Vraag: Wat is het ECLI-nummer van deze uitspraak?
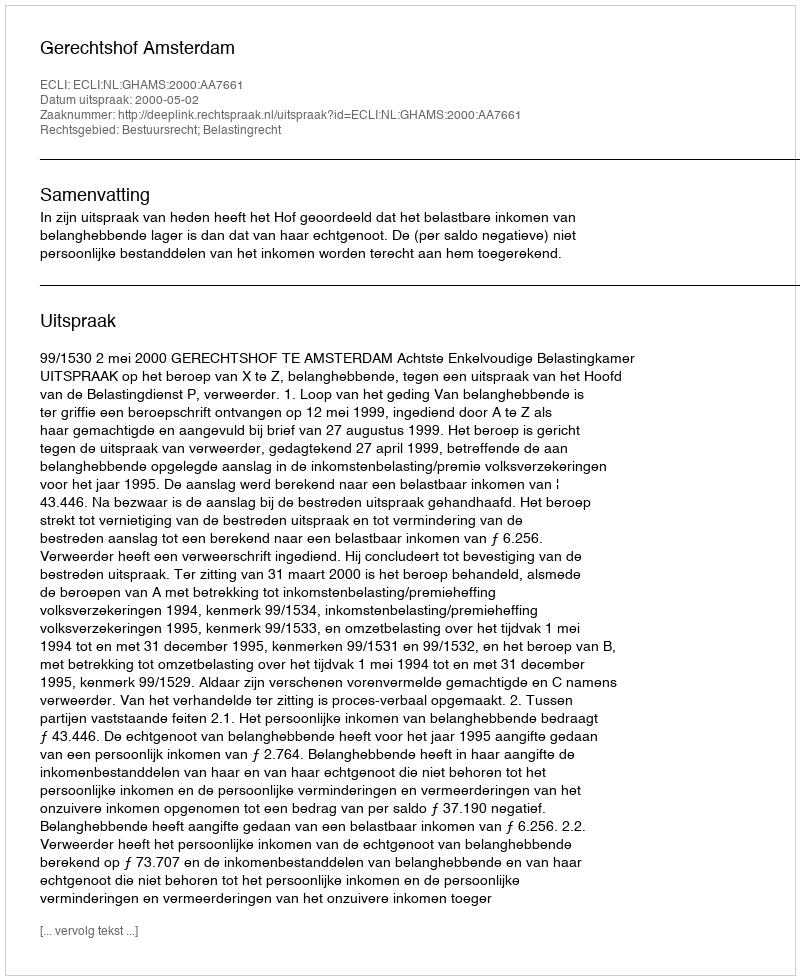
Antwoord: ECLI:NL:GHAMS:2000:AA7661